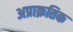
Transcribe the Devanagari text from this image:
अप्राक्रतिक